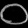
Digit: ၀